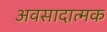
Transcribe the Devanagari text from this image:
अवसादात्मक